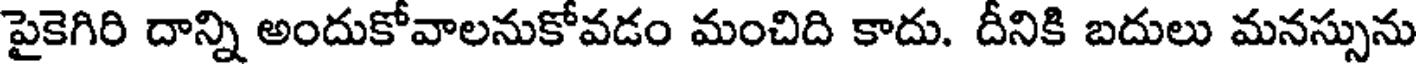
పైకెగిరి దాన్ని అందుకోవాలనుకోవడం మంచిది కాదు. దీనికి బదులు మనస్సును